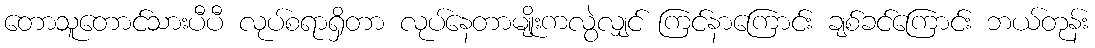
တောသူတောင်သားပီပီ လုပ်စရာရှိတာ လုပ်နေတာမျိုးကလွဲလျှင် ကြင်နာကြောင်း ချစ်ခင်ကြောင်း ဘယ်တုန်း